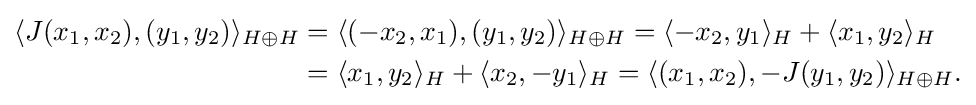
{\begin{aligned}\langle J(x_{1},x_{2}),(y_{1},y_{2})\rangle _{H\oplus H}&=\langle (-x_{2},x_{1}),(y_{1},y_{2})\rangle _{H\oplus H}=\langle -x_{2},y_{1}\rangle _{H}+\langle x_{1},y_{2}\rangle _{H}\\&=\langle x_{1},y_{2}\rangle _{H}+\langle x_{2},-y_{1}\rangle _{H}=\langle (x_{1},x_{2}),-J(y_{1},y_{2})\rangle _{H\oplus H}.\end{aligned}}